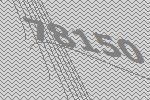
78150